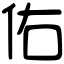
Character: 佑